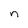
Character: n